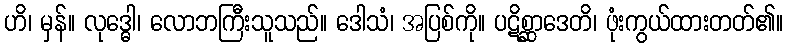
ဟိ၊ မှန်။ လုဒ္ဓေါ၊ လောဘကြီးသူသည်။ ဒေါသံ၊ အပြစ်ကို။ ပဋိစ္ဆာဒေတိ၊ ဖုံးကွယ်ထားတတ်၏။